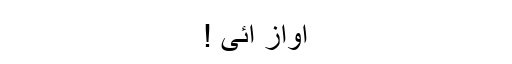
آواز آئی !